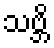
သဗ္ဘိ